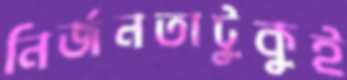
নির্জনতাটুকুই